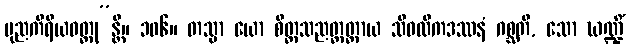
ပုညကိရိယဝတ္ထု”န္တိ။ ၁၀၆။ တသ္မာ ယော စိတ္တသညတ္တတ္ထာယ သိဝထိကဒဿနံ ဂစ္ဆတိ, သော ဃဏ္ဍိံ